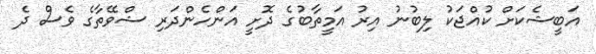
އަބީޝެކަށް ކުއްޖަކު ލިބުނު އިރު އަމީތާބުގެ ދޮށީ އަންހެންދަރި ޝްވޭތާގެ ވެސް ދެ